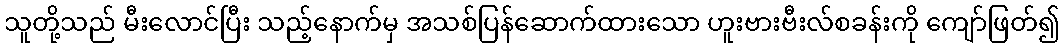
သူတို့သည် မီးလောင်ပြီး သည့်နောက်မှ အသစ်ပြန်ဆောက်ထားသော ဟူးဗားဗီးလ်စခန်းကို ကျော်ဖြတ်၍